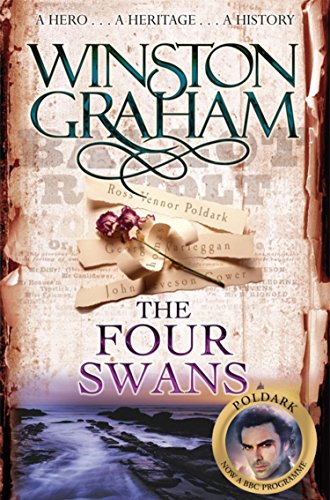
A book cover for The Four Swans (Poldark); Winston Graham; Literature & Fiction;